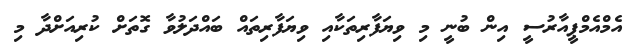
އެމްއެމްޕީއާރުސީ އިން ބުނީ މި ވިޔަފާރިތަކާއި ވިޔަފާރިތައް ބައްދަލުވާ ގޮތަށް ކުރިއަށްދާ މި